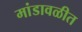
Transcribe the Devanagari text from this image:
मांडावळीत